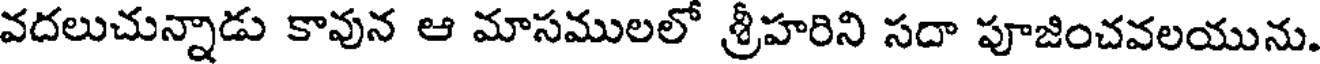
వదలుచున్నాడు కావున ఆ మాసములలో శ్రీహరిని సదా పూజించవలయును.